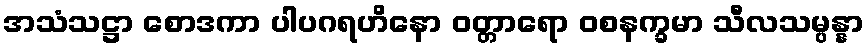
အသံသဋ္ဌာ စောဒကာ ပါပဂရဟိနော ဝတ္တာရော ဝစနက္ခမာ သီလသမ္ပန္နာ